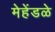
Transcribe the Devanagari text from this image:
मेहेंडळे